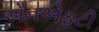
એનએફટી